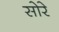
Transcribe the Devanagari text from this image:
सोरे